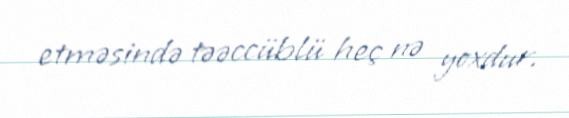
etməsində təəccüblü heç nə yoxdur.